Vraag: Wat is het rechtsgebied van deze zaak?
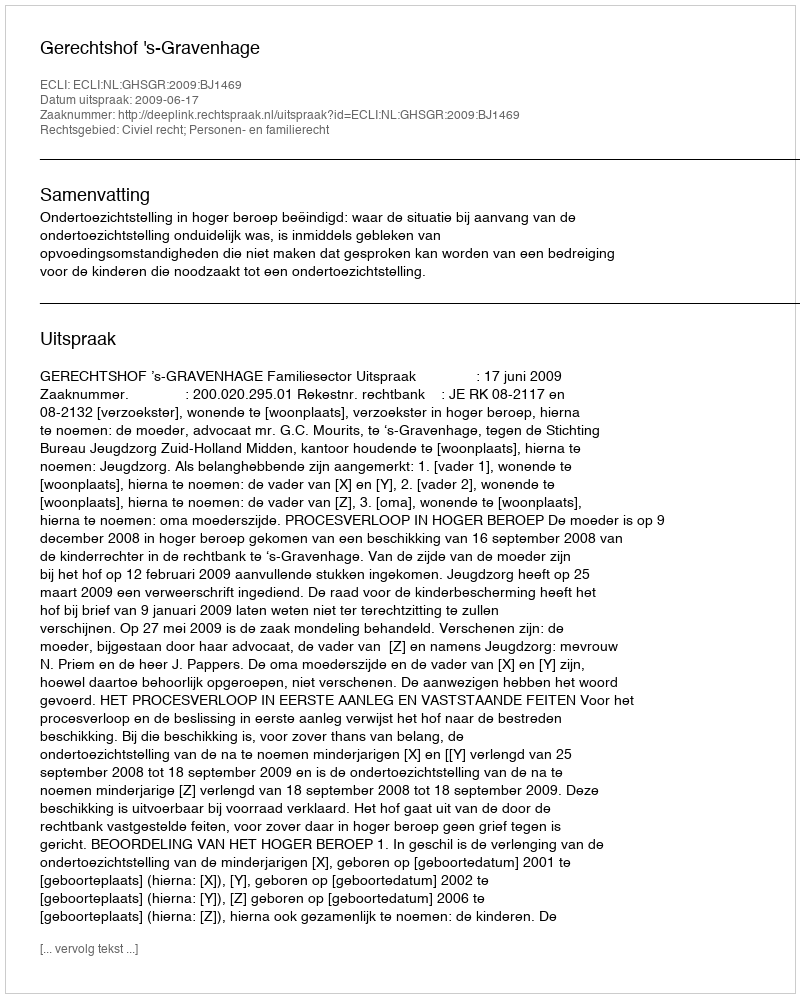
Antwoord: Civiel recht; Personen- en familierecht